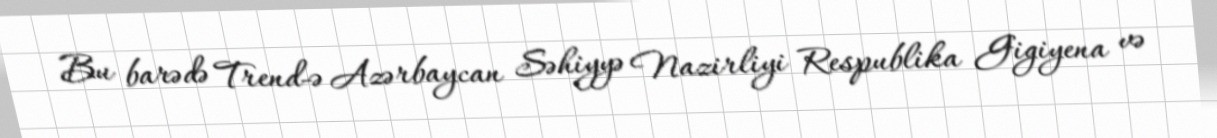
Bu barədə Trend-ə Azərbaycan Səhiyyə Nazirliyi Respublika Gigiyena və